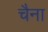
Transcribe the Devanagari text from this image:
चैना